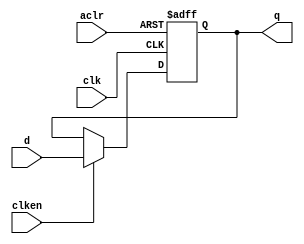
module ff (clk, aclr, clken, d, q);
  input clk, aclr, clken, d;
  output q;

  reg    q;

always@(posedge clk or negedge aclr)
begin
  if (aclr == 1'b0)
    q <= 1'b0;
  else if (clken == 1'b1)
    q <= d;
end

endmodule